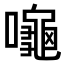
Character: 𪚩